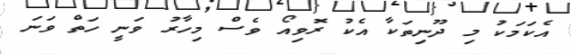
އެކަމަކު މި ދޫނިތަކާ އެކު ރޮވިއޯ ވެސް މިހާރު ވަނީ ހަތް ވަނަ